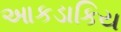
આકડાકિય